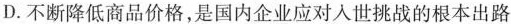
D.不断降低商品价格，是国内企业应对人世挑战的根本出路